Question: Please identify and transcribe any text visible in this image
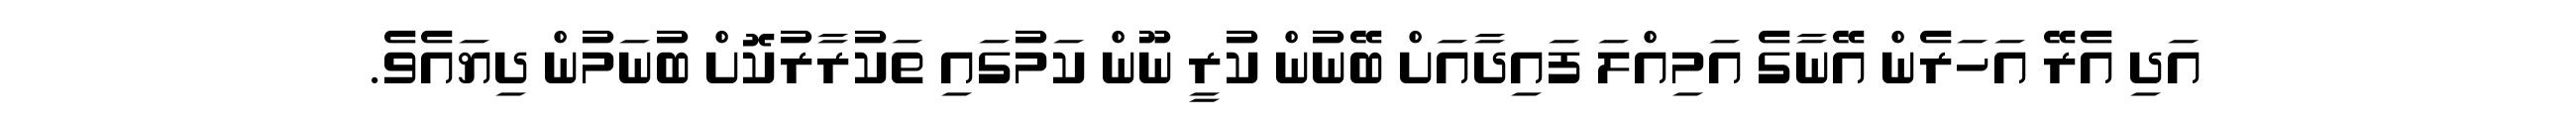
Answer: އަދި އެރޭ އަހަރެން އޭނާގެ އަމިއްލަ ފައިދާއަށް ބޭނުން ކުރީ ނޫން ކަމުގައި ތަކުރާރުކޮށް ބުނަމުން ދިޔައެވެ.